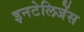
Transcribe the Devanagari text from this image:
इनटेलिजेंस